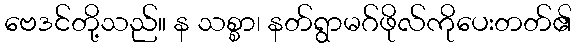
ဗေဒင်တို့သည်။ န သစ္စာ၊ နတ်ရွာမဂ်ဖိုလ်ကိုပေးတတ်၏